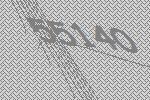
55140